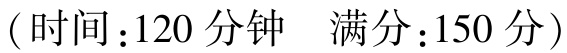
（时间：120 分钟  满分：150 分）